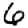
Digit: 6